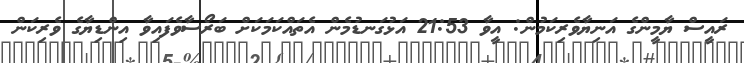
ރައީސް ޔާމީންގެ އަނިޔާވެރިކަމުން: އީވާ 21:53 އަޅުގަނޑުމެން އެތައްކަމަކަށް ބަރޯސާވެފައިވާ އިންޑިޔާގެ ވެރިކަން